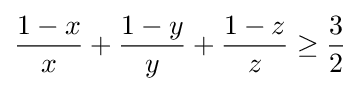
{\frac {1-x}{x}}+{\frac {1-y}{y}}+{\frac {1-z}{z}}\geq {\frac {3}{2}}